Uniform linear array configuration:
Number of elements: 64
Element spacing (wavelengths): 0.25
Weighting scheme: uniform
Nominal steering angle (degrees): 45
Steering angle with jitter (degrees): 43.279
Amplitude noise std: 0.05
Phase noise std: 0.05

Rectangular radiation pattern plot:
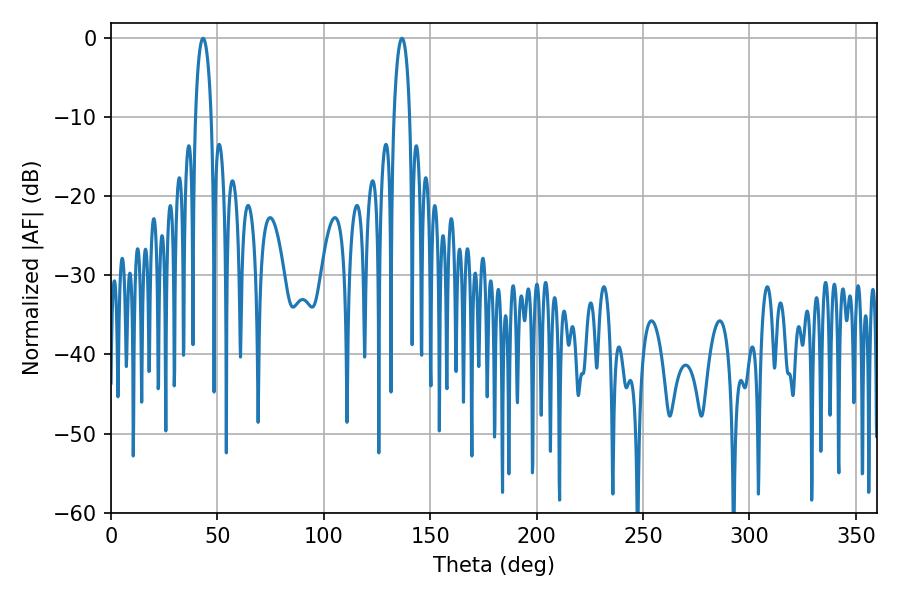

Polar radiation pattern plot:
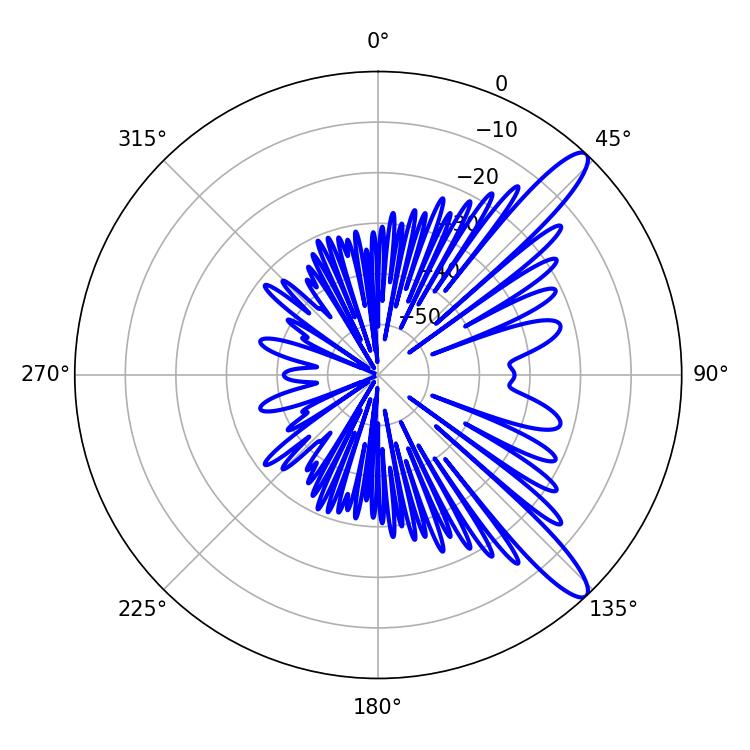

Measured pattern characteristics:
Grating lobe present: FALSE
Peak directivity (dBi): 12.31
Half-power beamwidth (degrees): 4.14
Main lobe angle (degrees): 43.2